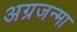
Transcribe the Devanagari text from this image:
अग्रजन्मा